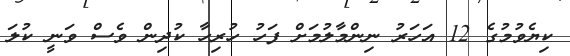
ކިޔެވުމުގެ 12 އަހަރު ނިންމާލުމަށް ފަހު ހުރިހާ ކުދިން ވެސް ވަނީ ކުލަ